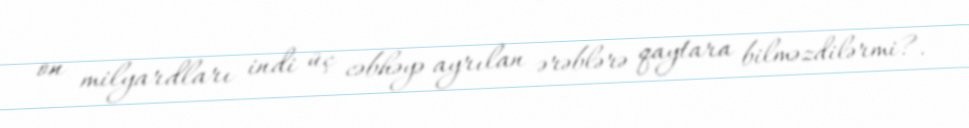
on milyardları indi üç cəbhəyə ayrılan ərəblərə qaytara bilməzdilərmi?.